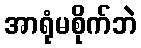
အာရုံမစိုက်ဘဲ